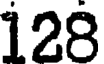
128